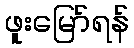
ဖူးမြော်ရန်